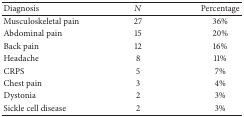
<table><thead><tr><td><b>Diagnosis</b></td><td><b><i>N</i></b></td><td><b>Percentage</b></td></tr></thead><tbody><tr><td>Musculoskeletal pain</td><td>27</td><td>36%</td></tr><tr><td>Abdominal pain</td><td>15</td><td>20%</td></tr><tr><td>Back pain</td><td>12</td><td>16%</td></tr><tr><td>Headache</td><td>8</td><td>11%</td></tr><tr><td>CRPS</td><td>5</td><td>7%</td></tr><tr><td>Chest pain</td><td>3</td><td>4%</td></tr><tr><td>Dystonia</td><td>2</td><td>3%</td></tr><tr><td>Sickle cell disease</td><td>2</td><td>3%</td></tr></tbody></table>